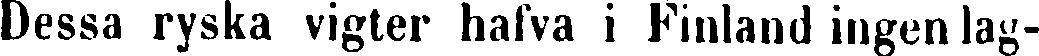
Dessa ryska vigter hafva i Finland ingen lag-